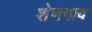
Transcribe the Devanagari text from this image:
शेणगाव